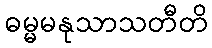
ဓမ္မမနုသာသတီတိ